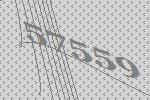
57559